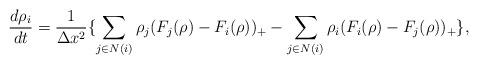
LaTeX: \begin{align*}\frac{d\rho_i}{dt}=\frac{1}{\Delta x^2}\{\sum_{j\in N(i)} \rho_j( F_j(\rho)- F_i(\rho))_+-\sum_{j\in N(i)}\rho_{i}( F_i(\rho)-F_j(\rho))_+\},\end{align*}